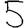
Digit: 5